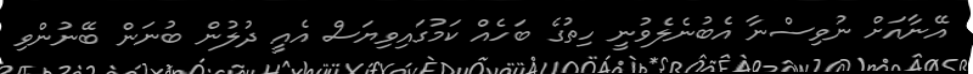
އޭނާއަށް ނުވިސްނާ އެބުނެލެވުނީ ހިތުގެ ބަހެއް ކަމުގައިވިޔަސް އެއީ ދުލުން ބުނަން ބޭނުންވި